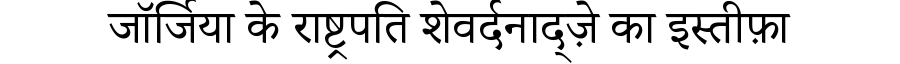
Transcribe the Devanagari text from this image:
जॉर्जिया के राष्ट्रपति शेवर्दनाद्ज़े का इस्तीफ़ा